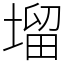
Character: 塯